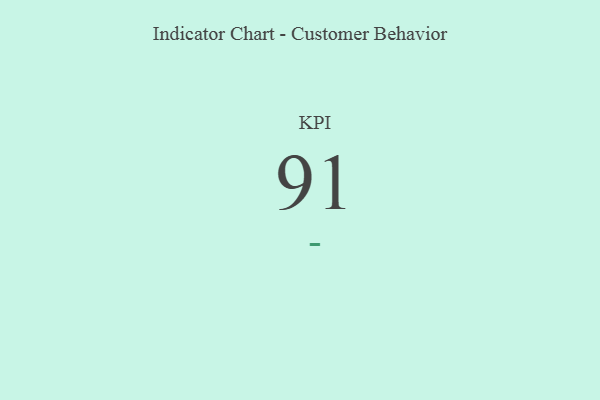
{"axis": {"x": "KPI", "y": "Value"}, "legend": [""], "data": [{"x": "KPI", "y": 91, "type": ""}]}